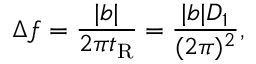
\Delta f = \frac { | b | } { 2 \pi t _ { \mathrm { R } } } = \frac { | b | D _ { 1 } } { ( 2 \pi ) ^ { 2 } } ,